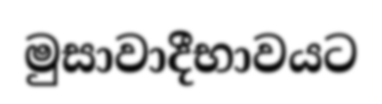
මුසාවාදීභාවයට